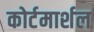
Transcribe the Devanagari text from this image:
कोर्टमार्शल